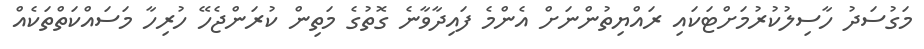
މަގުސަދު ހާސިލުކުރުމަށްޓަކައި ރައްޔިތުންނަށް އެންމެ ފައިދާވާނެ ގޮތުގެ މަތިން ކުރަންޖެހޭ ހުރިހާ މަސައްކަތްތަކެއް